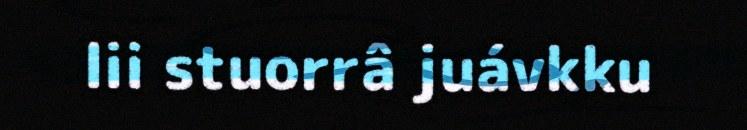
lii stuorrâ juávkku